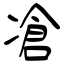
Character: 凔